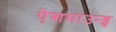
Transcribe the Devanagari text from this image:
ऐशमाउन्ड्स